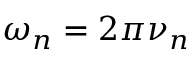
\omega _ { n } = 2 \pi \nu _ { n }